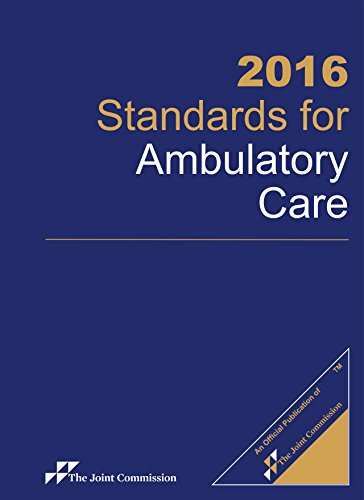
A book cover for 2016 Standards for Ambulatory Care; Joint Commission Resources; Medical Books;